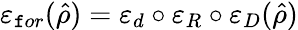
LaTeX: \varepsilon_{\mathtt{f}or}(\hat{{\rho}})=\varepsilon_{d}\circ\varepsilon_{R}\circ\varepsilon_{D}(\hat{{\rho}})